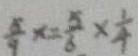
\frac { 5 } { 9 } x = \frac { 5 } { 6 } \times \frac { 1 } { 4 }